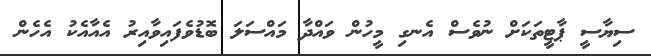
ސިޔާސީ ޕާޓީތަކަށް ނުވެސް އެނގި މީހުން ވައްދާ މައްސަލަ ބޮޑުވެފައިވާއިރު އެއާއެކު އެހެން